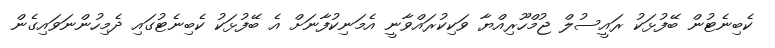
ކެބިނެޓުން ބޭފުޅަކު ރައީސުލް ޖުމްހޫރިއްޔާ ވަކިކުރައްވާނީ އެމަނިކުފާނަށް އެ ބޭފުޅަކު ކެބިނެޓުގައި ދެމިހުންނަވައިގެން